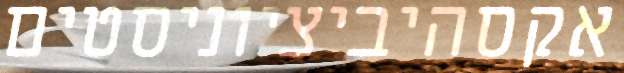
אקסהיביציוניסטים